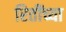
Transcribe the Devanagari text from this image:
रितींच्या